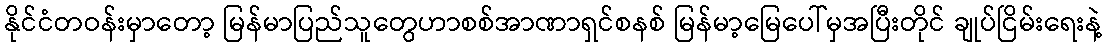
နိုင်ငံတဝန်းမှာတော့ မြန်မာပြည်သူတွေဟာစစ်အာဏာရှင်စနစ် မြန်မာ့မြေပေါ်မှအပြီးတိုင် ချုပ်ငြိမ်းရေးနဲ့